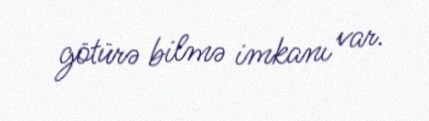
götürə bilmə imkanı var.